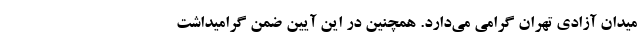
میدان آزادی تهران گرامی می‌دارد. همچنین در این آیین ضمن گرامیداشت